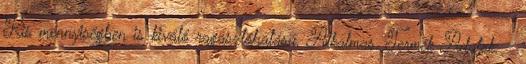
Kis mennyiségben is kiváló ragasztóhatású. Alkalmas. Termék Adatok: -